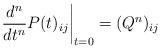
LaTeX: \begin{align*} \left. \frac{d^n}{dt^n}P(t)_{ij}\right|_{t=0} =(Q^n)_{ij}\end{align*}